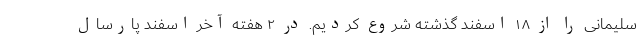
سلیمانی را از ۱۸ اسفند گذشته شروع کردیم. در ۲ هفته آخر اسفند پارسال